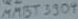
Text: MABT3904